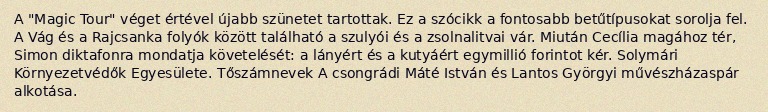
A "Magic Tour" véget értével újabb szünetet tartottak. Ez a szócikk a fontosabb betűtípusokat sorolja fel. A Vág és a Rajcsanka folyók között található a szulyói és a zsolnalitvai vár. Miután Cecília magához tér, Simon diktafonra mondatja követelését: a lányért és a kutyáért egymillió forintot kér. Solymári Környezetvédők Egyesülete. Tőszámnevek A csongrádi Máté István és Lantos Györgyi művészházaspár alkotása.